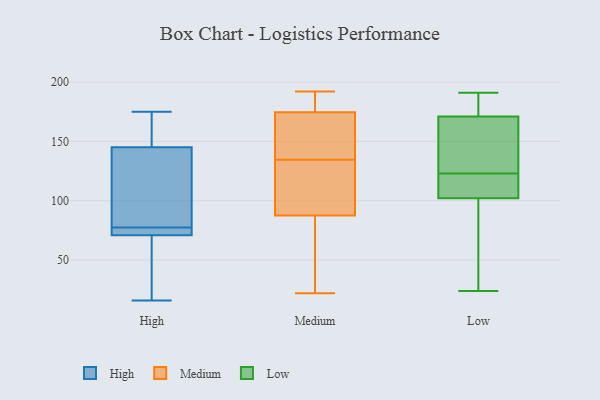
{"axis": {"x": "Active Users", "y": "Value"}, "legend": ["High", "Low", "Medium"], "data": [{"x": "", "y": 145, "type": "High"}, {"x": "", "y": 111, "type": "High"}, {"x": "", "y": 16, "type": "High"}, {"x": "", "y": 74, "type": "High"}, {"x": "", "y": 175, "type": "High"}, {"x": "", "y": 71, "type": "High"}, {"x": "", "y": 81, "type": "High"}, {"x": "", "y": 40, "type": "High"}, {"x": "", "y": 153, "type": "High"}, {"x": "", "y": 72, "type": "High"}, {"x": "", "y": 97, "type": "Medium"}, {"x": "", "y": 126, "type": "Medium"}, {"x": "", "y": 52, "type": "Medium"}, {"x": "", "y": 169, "type": "Medium"}, {"x": "", "y": 94, "type": "Medium"}, {"x": "", "y": 22, "type": "Medium"}, {"x": "", "y": 192, "type": "Medium"}, {"x": "", "y": 167, "type": "Medium"}, {"x": "", "y": 81, "type": "Medium"}, {"x": "", "y": 180, "type": "Medium"}, {"x": "", "y": 143, "type": "Medium"}, {"x": "", "y": 190, "type": "Medium"}, {"x": "", "y": 102, "type": "Low"}, {"x": "", "y": 165, "type": "Low"}, {"x": "", "y": 173, "type": "Low"}, {"x": "", "y": 191, "type": "Low"}, {"x": "", "y": 34, "type": "Low"}, {"x": "", "y": 126, "type": "Low"}, {"x": "", "y": 137, "type": "Low"}, {"x": "", "y": 104, "type": "Low"}, {"x": "", "y": 177, "type": "Low"}, {"x": "", "y": 109, "type": "Low"}, {"x": "", "y": 102, "type": "Low"}, {"x": "", "y": 187, "type": "Low"}, {"x": "", "y": 138, "type": "Low"}, {"x": "", "y": 24, "type": "Low"}, {"x": "", "y": 114, "type": "Low"}, {"x": "", "y": 86, "type": "Low"}, {"x": "", "y": 54, "type": "Low"}, {"x": "", "y": 180, "type": "Low"}, {"x": "", "y": 123, "type": "Low"}]}